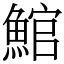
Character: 𩸘